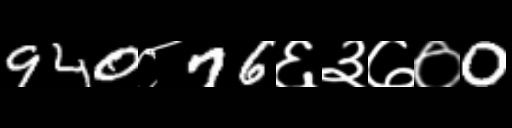
Text: 940८76६३७०0